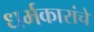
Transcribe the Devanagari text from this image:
धर्मकारांचें